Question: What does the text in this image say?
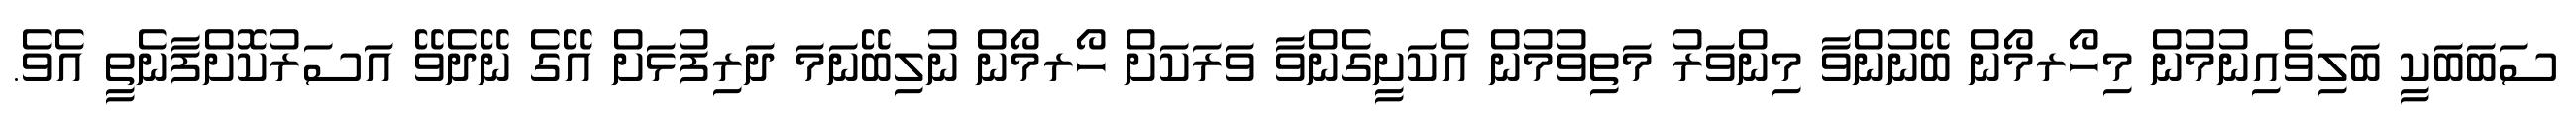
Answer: ސަބަބަކީ ބަލިވެއިނުމުން މިހޯރމޯން ބޭނުންވާ މިންވަރު މަތިވުމުން އެކަށީގެންވާ ވަރަކަށް ހޯރމޯން ނުލިބޭނަމަ ދަރިފުޅަށް އޭގެ ނޭދެވޭ އަސަރުކޮށްފާނެތީ އެވެ.